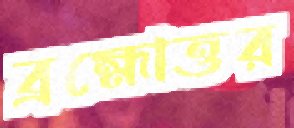
ব্রহ্মোত্তর